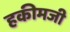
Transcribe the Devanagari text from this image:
हकीमजी